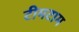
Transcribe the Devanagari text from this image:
टीमटाम